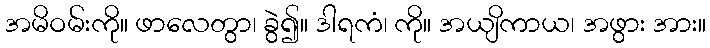
အမိဝမ်းကို။ ဖာလေတွာ၊ ခွဲ၍။ ဒါရကံ၊ ကို။ အယျိကာယ၊ အဖွား အား။